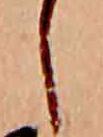
し